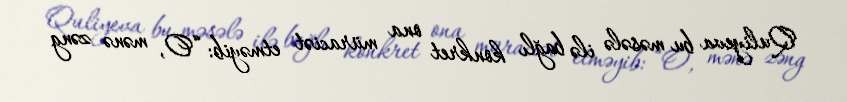
Quliyeva bu məsələ ilə bağlı konkret ona müraciət etməyib: “O, mənə zəng